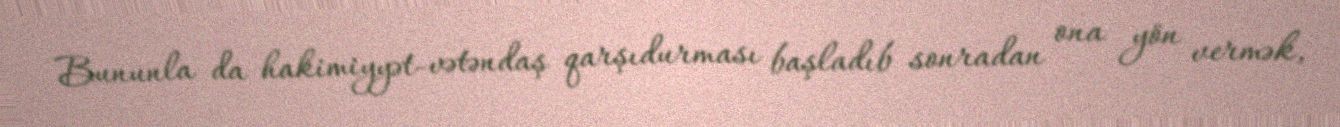
Bununla da hakimiyyət-vətəndaş qarşıdurması başladıb sonradan ona yön vermək,